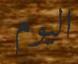
اليوم